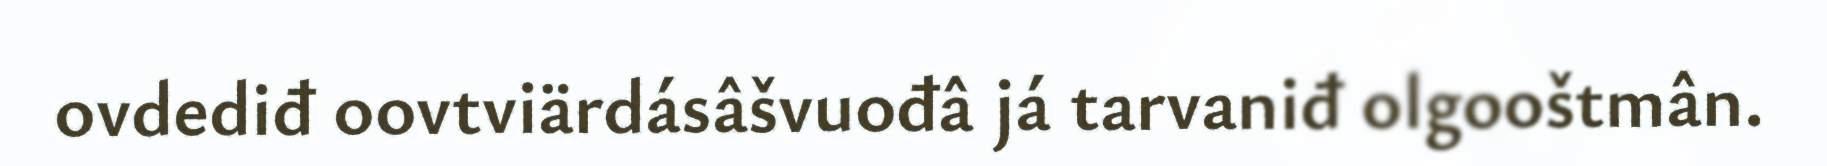
ovdediđ oovtviärdásâšvuođâ já tarvaniđ olgooštmân.